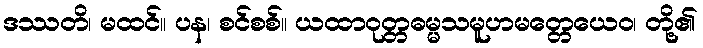
ဒဿတိ၊ မထင်။ ပန၊ စင်စစ်။ ယထာဝုတ္တဓမ္မသမူဟမတ္တေယေဝ၊ တို့၏